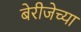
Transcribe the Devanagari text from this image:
बेरीजेच्या